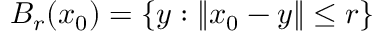
B _ { r } ( { \boldsymbol x } _ { 0 } ) = \{ { \boldsymbol y } : \| { \boldsymbol x } _ { 0 } - { \boldsymbol y } \| \leq r \}